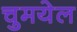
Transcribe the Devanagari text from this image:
चुमयेल